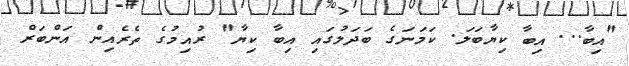
"އިބާ... އިބާ ކިޔާބަލަ. ކަމަނަގެ ބަދަލުގައި އިބާ ކިޔާ" ރުއިމުގެ ތެރެއިން އަންބަރް